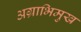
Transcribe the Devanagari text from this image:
अग्राभिमुख